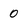
Character: O